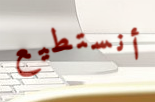
أنستطيع